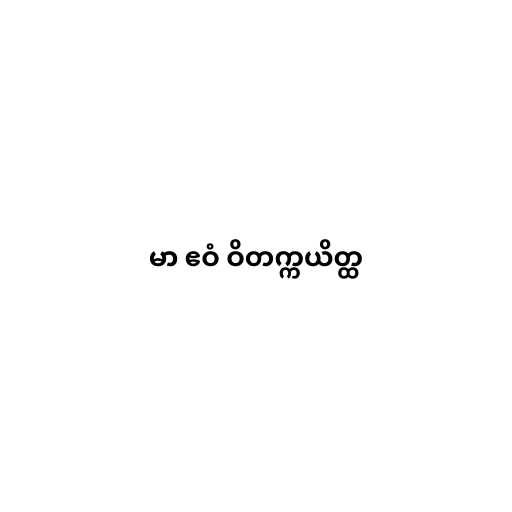
မာ ဧဝံ ဝိတက္ကယိတ္ထ